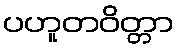
ပဟူတဝိတ္တာ